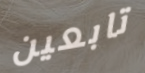
تابعين